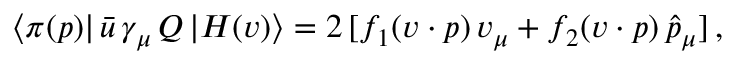
\langle \pi ( p ) | \, \bar { u } \, \gamma _ { \mu } \, Q \, | H ( v ) \rangle = 2 \, [ f _ { 1 } ( v \cdot p ) \, v _ { \mu } + f _ { 2 } ( v \cdot p ) \, \widehat { p } _ { \mu } ] \, ,